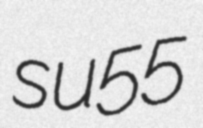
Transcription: su55